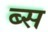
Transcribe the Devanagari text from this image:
ब्स